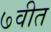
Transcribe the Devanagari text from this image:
७वीत